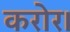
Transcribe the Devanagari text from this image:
करोर।